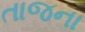
તાજના